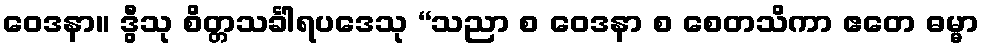
ဝေဒနာ။ ဒွီသု စိတ္တသင်္ခါရပဒေသု “သညာ စ ဝေဒနာ စ စေတသိကာ ဧတေ ဓမ္မာ